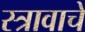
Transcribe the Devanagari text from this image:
स्त्रावाचे